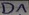
Text: D1